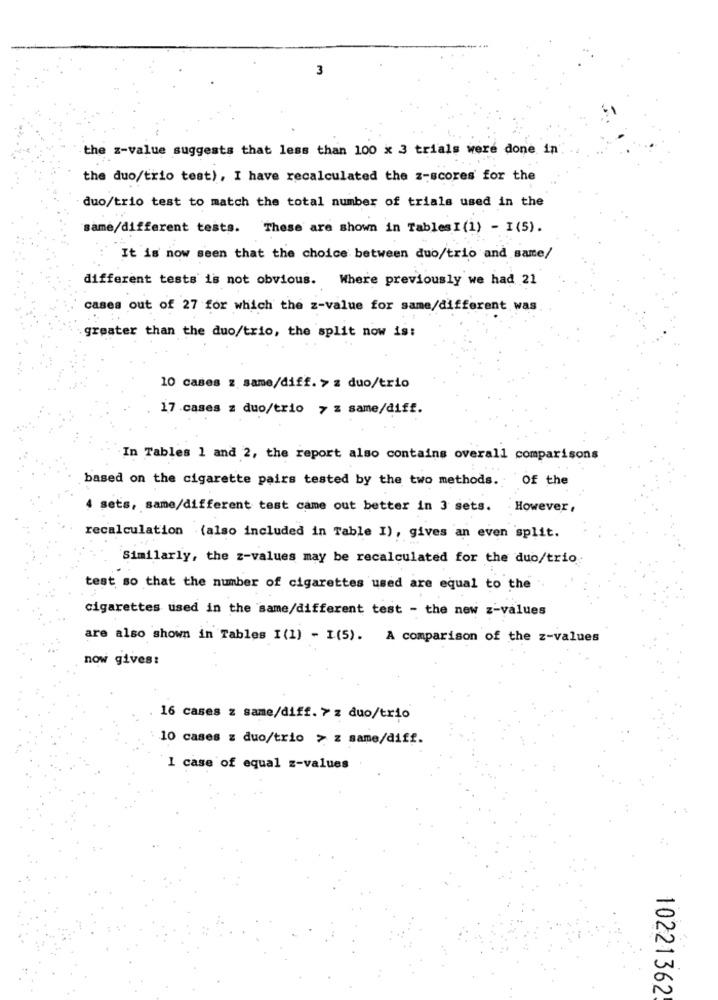
3
the z-value suggests that less than 100 x 3 trials were done in
the duo/trio test), I have recalculated the z-scores for the
duo/trio test to match the total number of trials used in the
same/different tests. These are shown in Tables I (1) - I (5).
It is now seen that the choice between duo/trio and same/
different tests is not obvious. Where previously we had 21
cases out of 27 for which the z-value for same/different was
greater than the duo/trio, the split now is:
10 cases z same/diff. > z duo/trio
17 cases z duo/trio 7 z same/diff.
In Tables 1 and 2, the report also contains overall comparisons
based on the cigarette pairs tested by the two methods. Of the
4 sets, same/different test came out better in 3 sets. However,
recalculation (also included in Table I), gives an even split.
Similarly, the z-values may be recalculated for the duo/trio
test so that the number of cigarettes used are equal to the
cigarettes used in the same/different test - the new z-values
are also shown in Tables I (1) - I(5). A comparison of the z-values
now gives:
16 cases z same/diff. 7 z duo/trio
10 cases z duo/trio > z same/diff.
1 case of equal z-values
10221362